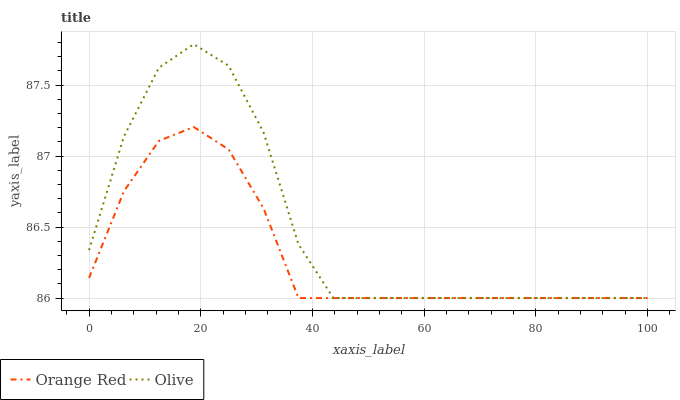
| xaxis_label | Orange Red | Olive |
 | --- | --- | --- |
 | 0 | 86.1 | 86.3 |
 | 6.25 | 86.8 | 87.1 |
 | 12.5 | 87.1 | 87.6 |
 | 18.8 | 87.2 | 87.8 |
 | 25 | 87 | 87.6 |
 | 31.2 | 86.6 | 87.2 |
 | 37.5 | 86 | 86.4 |
 | 43.8 | 86 | 86 |
 | 50 | 86 | 86 |
 | 56.2 | 86 | 86 |
 | 62.5 | 86 | 86 |
 | 68.8 | 86 | 86 |
 | 75 | 86 | 86 |
 | 81.2 | 86 | 86 |
 | 87.5 | 86 | 86 |
 | 93.8 | 86 | 86 |
 | 100 | 86 | 86 |